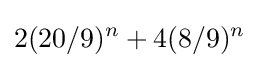
2(20/9)^{n}+4(8/9)^{n}